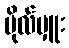
ဗိုလ်မှူး